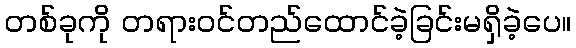
တစ်ခုကို တရားဝင်တည်ထောင်ခဲ့ခြင်းမရှိခဲ့ပေ။